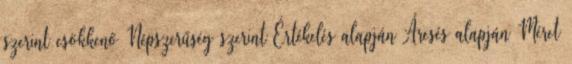
szerint csökkenő Népszerűség szerint Értékelés alapján Áresés alapján Méret